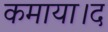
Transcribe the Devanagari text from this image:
कमाया।द